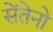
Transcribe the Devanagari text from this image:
सेंतेनो